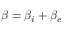
\beta = \beta _ { i } + \beta _ { e }